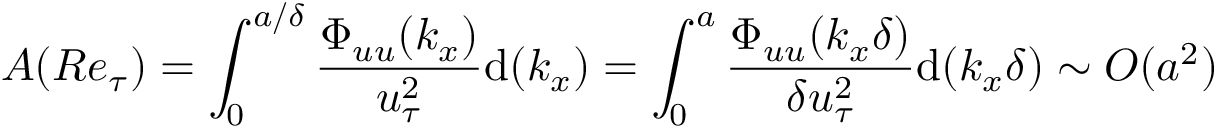
A ( R e _ { \tau } ) = \int _ { 0 } ^ { a / \delta } \frac { \Phi _ { u u } ( k _ { x } ) } { u _ { \tau } ^ { 2 } } \mathrm { d } ( k _ { x } ) = \int _ { 0 } ^ { a } \frac { \Phi _ { u u } ( k _ { x } \delta ) } { \delta u _ { \tau } ^ { 2 } } \mathrm { d } ( k _ { x } \delta ) \sim O ( a ^ { 2 } )